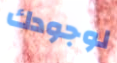
لوجودك